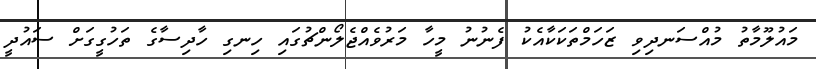
މައުލޫމާތު މުއްސަނދިވި ޒަހަމްތަކަކާއެކު ފެނުނު މީހާ މަރުވެއްޖެލޯންޗުގައި ހިނގި ހާދިސާގެ ތަހުގީގަށް ސައުދީ